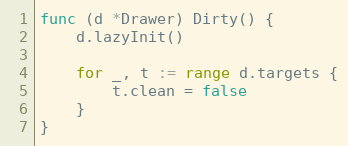
Language: Go
func (d *Drawer) Dirty() {
	d.lazyInit()

	for _, t := range d.targets {
		t.clean = false
	}
}